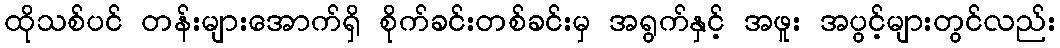
ထိုသစ်ပင် တန်းများအောက်ရှိ စိုက်ခင်းတစ်ခင်းမှ အရွက်နှင့် အဖူး အပွင့်များတွင်လည်း